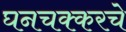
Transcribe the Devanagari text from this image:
घनचक्करचे